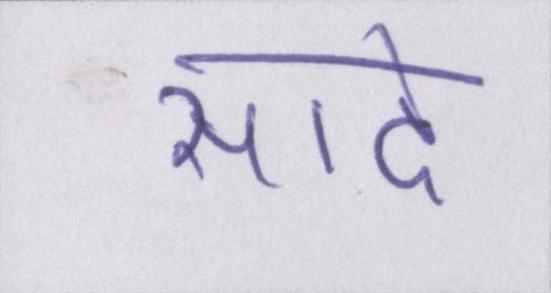
सादे